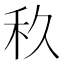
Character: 𱵼